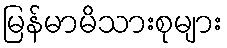
မြန်မာမိသားစုများ